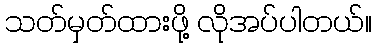
သတ်မှတ်ထားဖို့ လိုအပ်ပါတယ်။